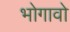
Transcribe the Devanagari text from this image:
भोगावो